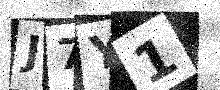
Text: J7Y1